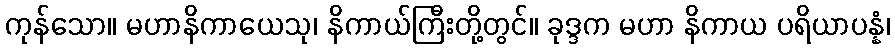
ကုန်သော။ မဟာနိကာယေသု၊ နိကာယ်ကြီးတို့တွင်။ ခုဒ္ဒက မဟာ နိကာယ ပရိယာပန္နံ၊